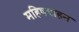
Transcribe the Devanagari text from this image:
महिषवाहन